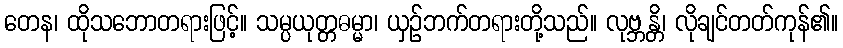
တေန၊ ထိုသဘောတရားဖြင့်။ သမ္ပယုတ္တဓမ္မာ၊ ယှဉ်ဘက်တရားတို့သည်။ လုဗ္ဘန္တိ၊ လိုချင်တတ်ကုန်၏။